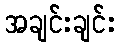
အချင်းချင်း